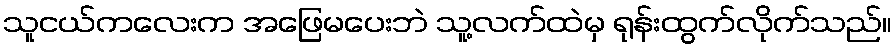
သူငယ်ကလေးက အဖြေမပေးဘဲ သူ့လက်ထဲမှ ရုန်းထွက်လိုက်သည်။